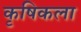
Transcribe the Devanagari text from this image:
कृषिकला